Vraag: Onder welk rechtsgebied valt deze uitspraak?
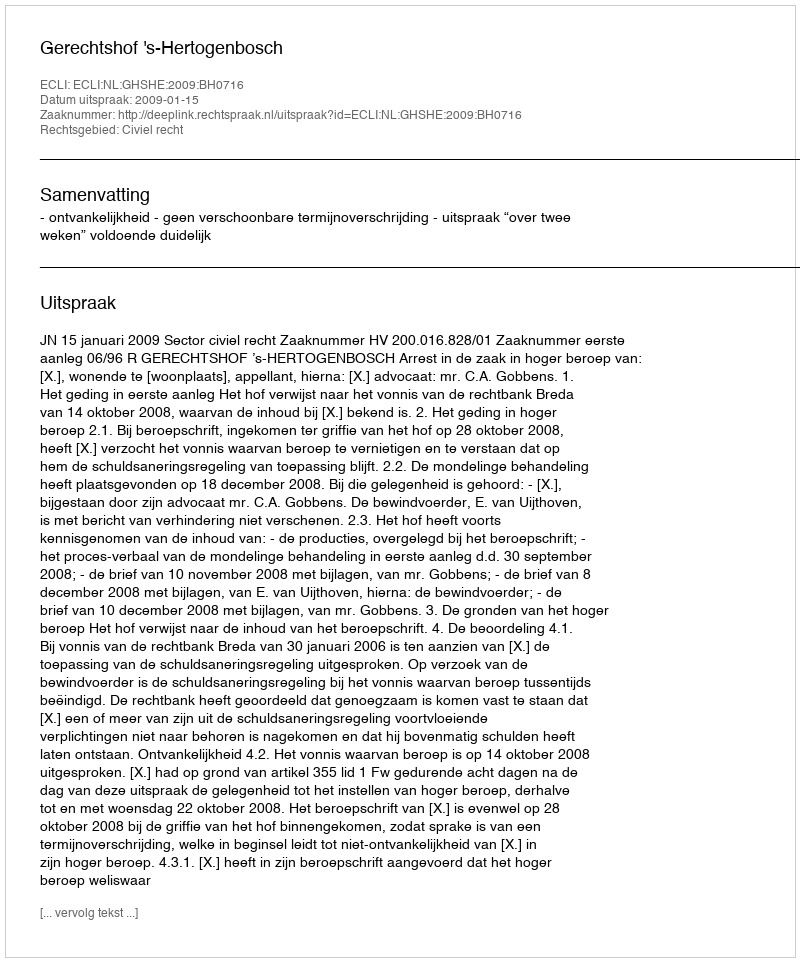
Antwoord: Civiel recht